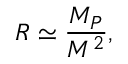
R \simeq \frac { M _ { P } } { M ^ { 2 } } ,